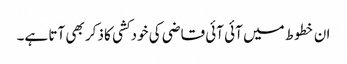
ان خطوط میں آئی آئی قاضی کی خودکشی کا ذکر بھی آتا ہے۔